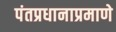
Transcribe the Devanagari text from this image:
पंतप्रधानाप्रमाणे